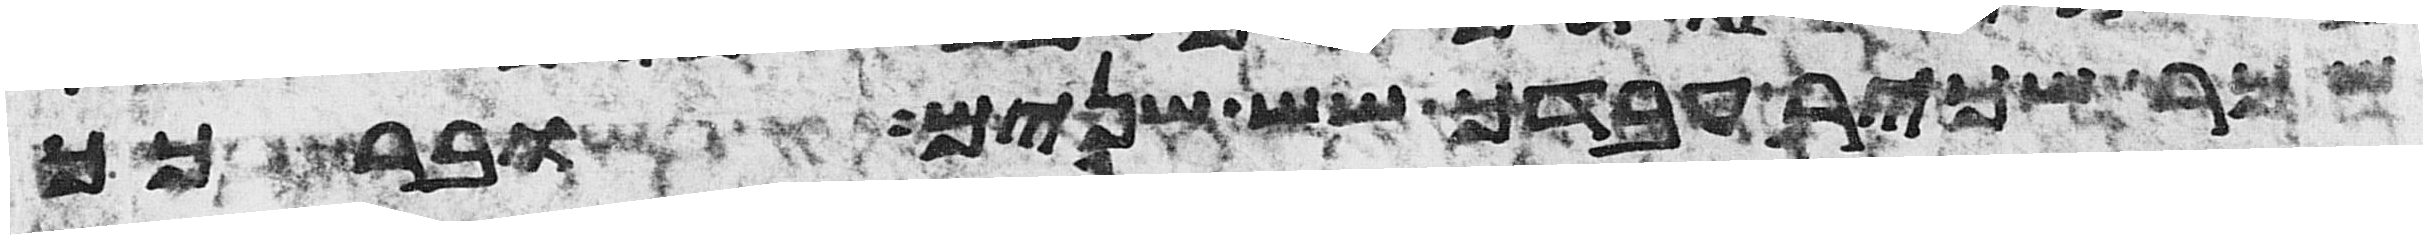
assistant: שכר שכיר עבדך שש שנים וברכך